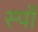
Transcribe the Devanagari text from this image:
स्पॉ